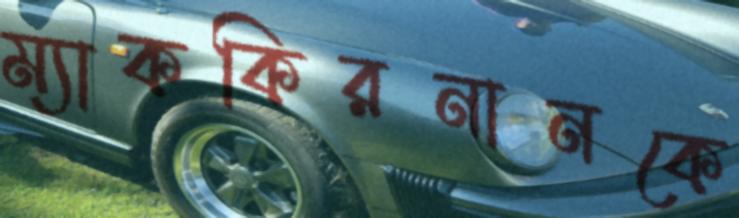
ম্যাককিরনানকে